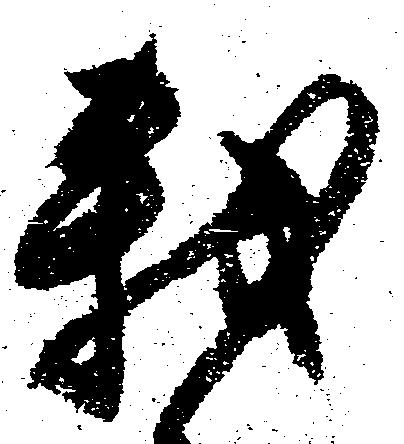
我